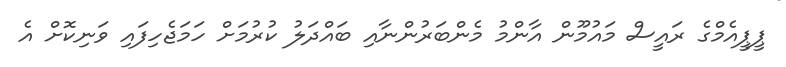
ޕީޕީއެމްގެ ރައީސް މައުމޫން އާންމު މެންބަރުންނާއި ބައްދަލު ކުރުމަށް ހަމަޖެހިފައި ވަނިކޮށް އެ